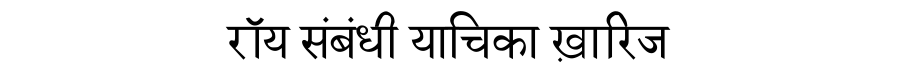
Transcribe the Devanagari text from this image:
रॉय संबंधी याचिका ख़ारिज